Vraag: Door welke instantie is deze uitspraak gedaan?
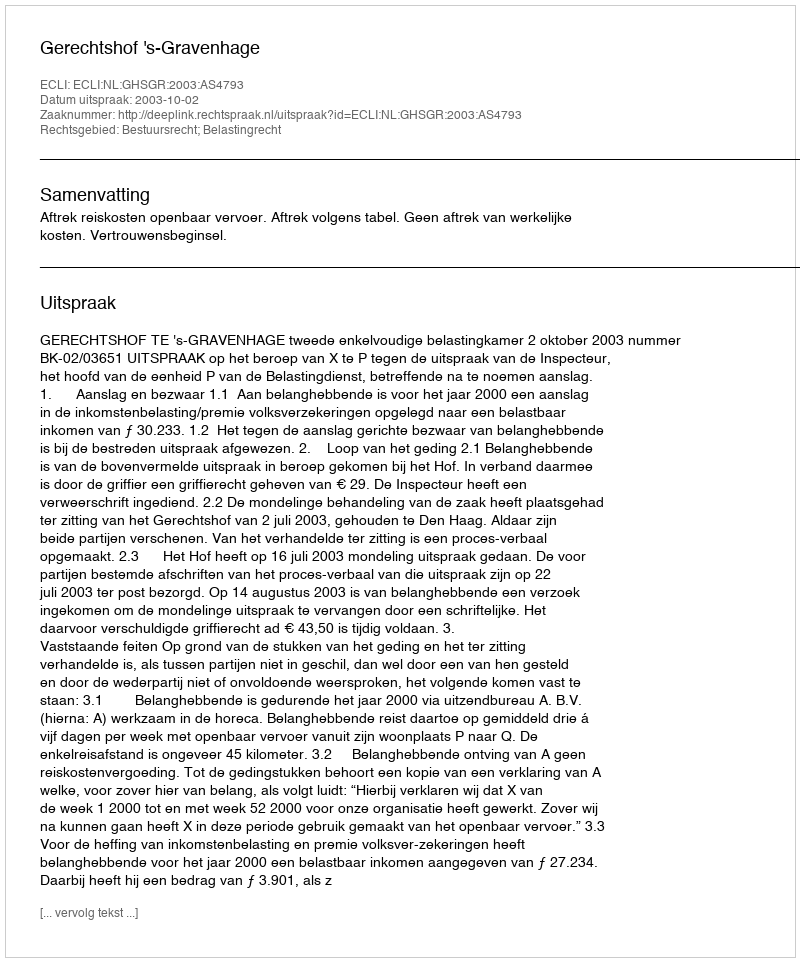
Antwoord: Gerechtshof 's-Gravenhage